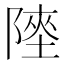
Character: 𨻊